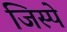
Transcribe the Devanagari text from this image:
जिस्पे